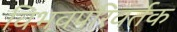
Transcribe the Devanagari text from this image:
विभवपरिवर्तक